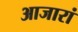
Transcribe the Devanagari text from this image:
आजारां